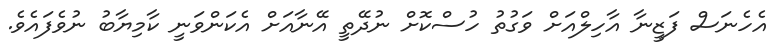
އެހެނަސް ފަޒީނާ އާހިލްއަށް ވަގުތު ހުސްކޮށް ނުދޭތީ އޭނާއަށް އެކަންވަނީ ކާމިޔާބު ނުވެފައެވެ.